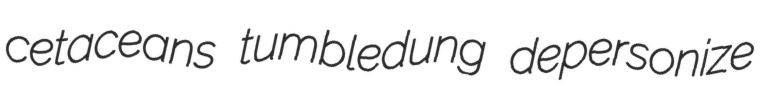
cetaceans tumbledung depersonize